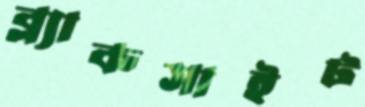
ব্ল্যাকসাইট